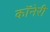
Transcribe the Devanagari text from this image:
कॉनेरी